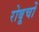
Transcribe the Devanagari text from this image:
रोबूचों